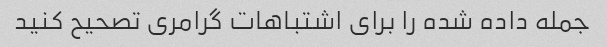
جمله داده شده را برای اشتباهات گرامری تصحیح کنید